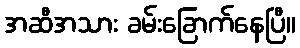
အဆီအသား ခမ်းခြောက်နေပြီ။